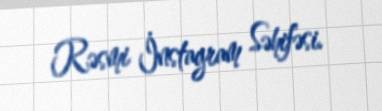
Rəsmi İnstagram Səhifəsi.